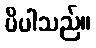
မိပါသည်။